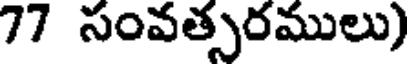
77 సంవత్సరములు)